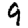
Digit: 9